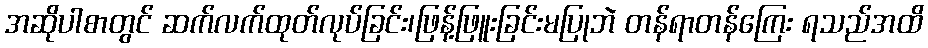
အဆိုပါစာတွင် ဆက်လက်ထုတ်လုပ်ခြင်း၊ဖြန့်ဖြူးခြင်းမပြုဘဲ တန်ရာတန်ကြေး ရသည်အထိ